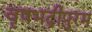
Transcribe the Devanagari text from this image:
वृषभद्रीपुरम